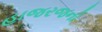
હાજરજનો